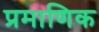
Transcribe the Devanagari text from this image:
प्रमाणिक